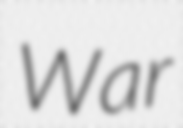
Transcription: War